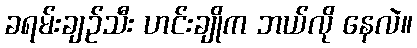
ခရမ်းချဉ်သီး ဟင်းချိုက ဘယ်လို နေလဲ။